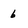
Character: 6